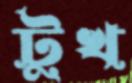
টুখ